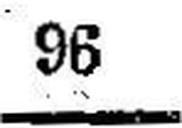
96